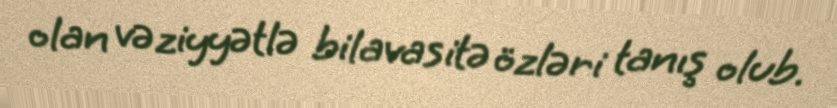
olan vəziyyətlə bilavasitə özləri tanış olub.